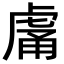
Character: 𧆿